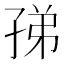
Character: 𡥩